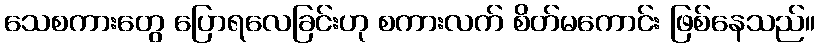
သေစကားတွေ ပြောရလေခြင်းဟု စကားလက် စိတ်မကောင်း ဖြစ်နေသည်။